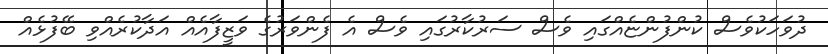
ދުވަހަކުވެސް ކުންފުންޏެއްގައި ވެސް ސަރުކާރުގައި ވެސް އެ ފެންވަރުގެ ވަޒީފާއެއް އަދާކުރެއްވި ބޭފުޅެއް